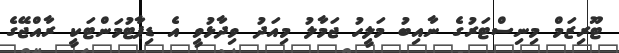
ޓޫރިޒަމް މިނިސްޓަރުގެ ނާއިބު މަލީހު ޖަމާލު މިއަދު ވިދާޅުވީ އެ ޑިޕާޓުމަންޓަކީ ރާއްޖޭގެ